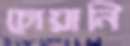
চোয়ানি